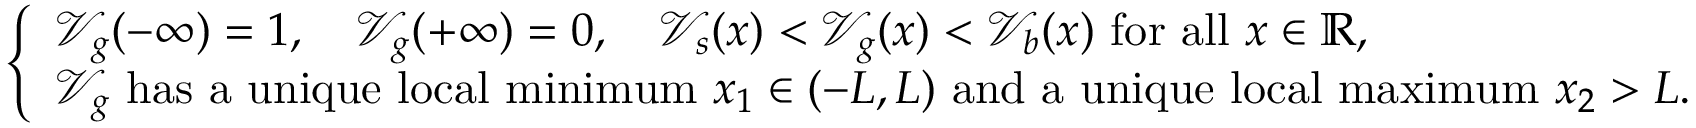
\left\{ \begin{array} { l } { \mathcal { V } _ { g } ( - \infty ) = 1 , \quad \mathcal { V } _ { g } ( + \infty ) = 0 , \quad \mathcal { V } _ { s } ( x ) < \mathcal { V } _ { g } ( x ) < \mathcal { V } _ { b } ( x ) \mathrm { ~ f o r ~ a l l ~ } x \in \mathbb { R } , } \\ { \mathcal { V } _ { g } \mathrm { ~ h a s ~ a ~ u n i q u e ~ l o c a l ~ m i n i m u m ~ } x _ { 1 } \in ( - L , L ) \mathrm { ~ a n d ~ a ~ u n i q u e ~ l o c a l ~ m a x i m u m ~ } x _ { 2 } > L . } \end{array} \right.